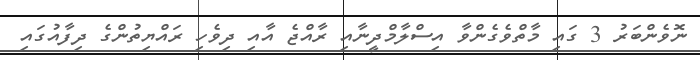
ނޮވެންބަރު 3 ގައި މާތްވެގެންވާ އިސްލާމްދީނާއި ރާއްޖެ އާއި ދިވެހި ރައްޔިތުންގެ ދިފާއުގައި